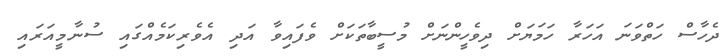
ދެހާސް ހަތްވަނަ އަހަރާ ހަމަޔަށް ދިވެހީންނަށް މުސީބާތަކަށް ވެފައިވާ އަދި އެވެރިކަމެއްގައި ސުނާމީއަރައި